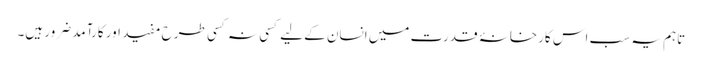
تاہم یہ سب اس کارخانۂ قدرت میں انسان کے لیے کسی نہ کسی طرح مفید اور کارآمد ضرور ہیں۔